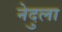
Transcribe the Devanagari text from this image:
नेदुला